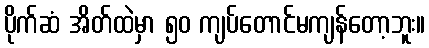
ပိုက်ဆံ အိတ်ထဲမှာ ၅၀ ကျပ်တောင်မကျန်တော့ဘူး။